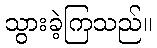
သွားခဲ့ကြသည်။